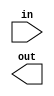
module full_adder(input [3:0] in,output out);\n\nendmodule